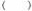
( )